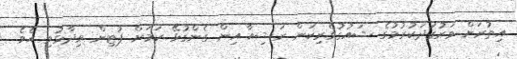
އިތުރަށް ވަރުގަދަކުރުމުގެ ޝައުގުވެރިކަން ރަޝިއާ އިން ގެންގުޅޭ ކަމަށް ޕުޓިން ވިދާޅުވި އެވެ.